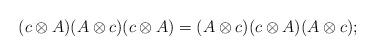
LaTeX: \begin{gather*}(c\otimes A) (A\otimes c) (c\otimes A)=(A\otimes c) (c\otimes A) (A\otimes c) ;\end{gather*}